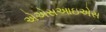
એએસઆઇએસ